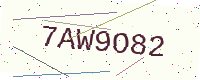
Text: 7AW9O82